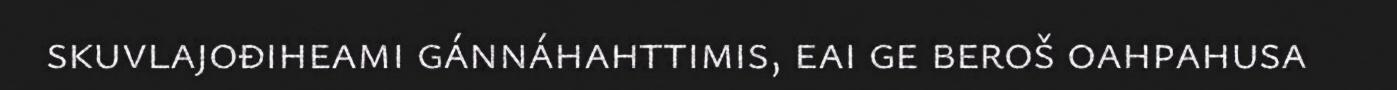
skuvlajođiheami gánnáhahttimis, eai ge beroš oahpahusa